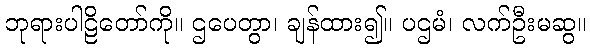
ဘုရားပါဠိတော်ကို။ ဌပေတွာ၊ ချန်ထား၍။ ပဌမံ၊ လက်ဦးမဆွ။